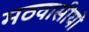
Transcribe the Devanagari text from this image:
मठवासीयों